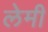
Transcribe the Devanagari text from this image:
लेमी